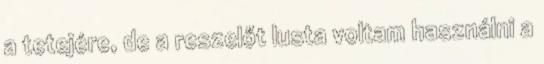
a tetejére, de a reszelőt lusta voltam használni a